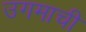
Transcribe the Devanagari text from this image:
उगमाची